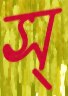
স্